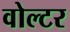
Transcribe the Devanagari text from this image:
वोल्टर